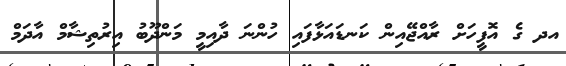
އދ ގެ އޮފީހަށް ރާއްޖޭއިން ކަނޑައަޅާފައި ހުންނަ ދާއިމީ މަންދޫބު އިރުތިޝާމް އާދަމް